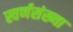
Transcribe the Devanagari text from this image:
स्वर्णसंख्या